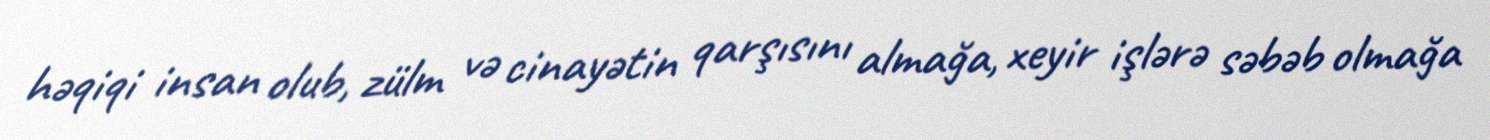
həqiqi insan olub, zülm və cinayətin qarşısını almağa, xeyir işlərə səbəb olmağa